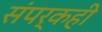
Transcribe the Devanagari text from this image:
संपर्कही